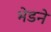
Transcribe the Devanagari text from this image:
भेडने